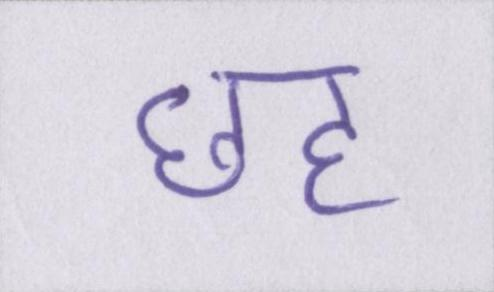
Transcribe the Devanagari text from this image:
छह